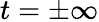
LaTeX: t=\pm\infty